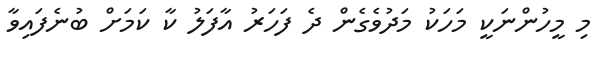
މި މީހުންނަކީ މަހަކު މަދުވެގެން ދެ ފަހަރު އާފަލު ކާ ކަމަށް ބުނެފައިވާ